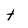
Character: t